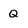
Character: Q